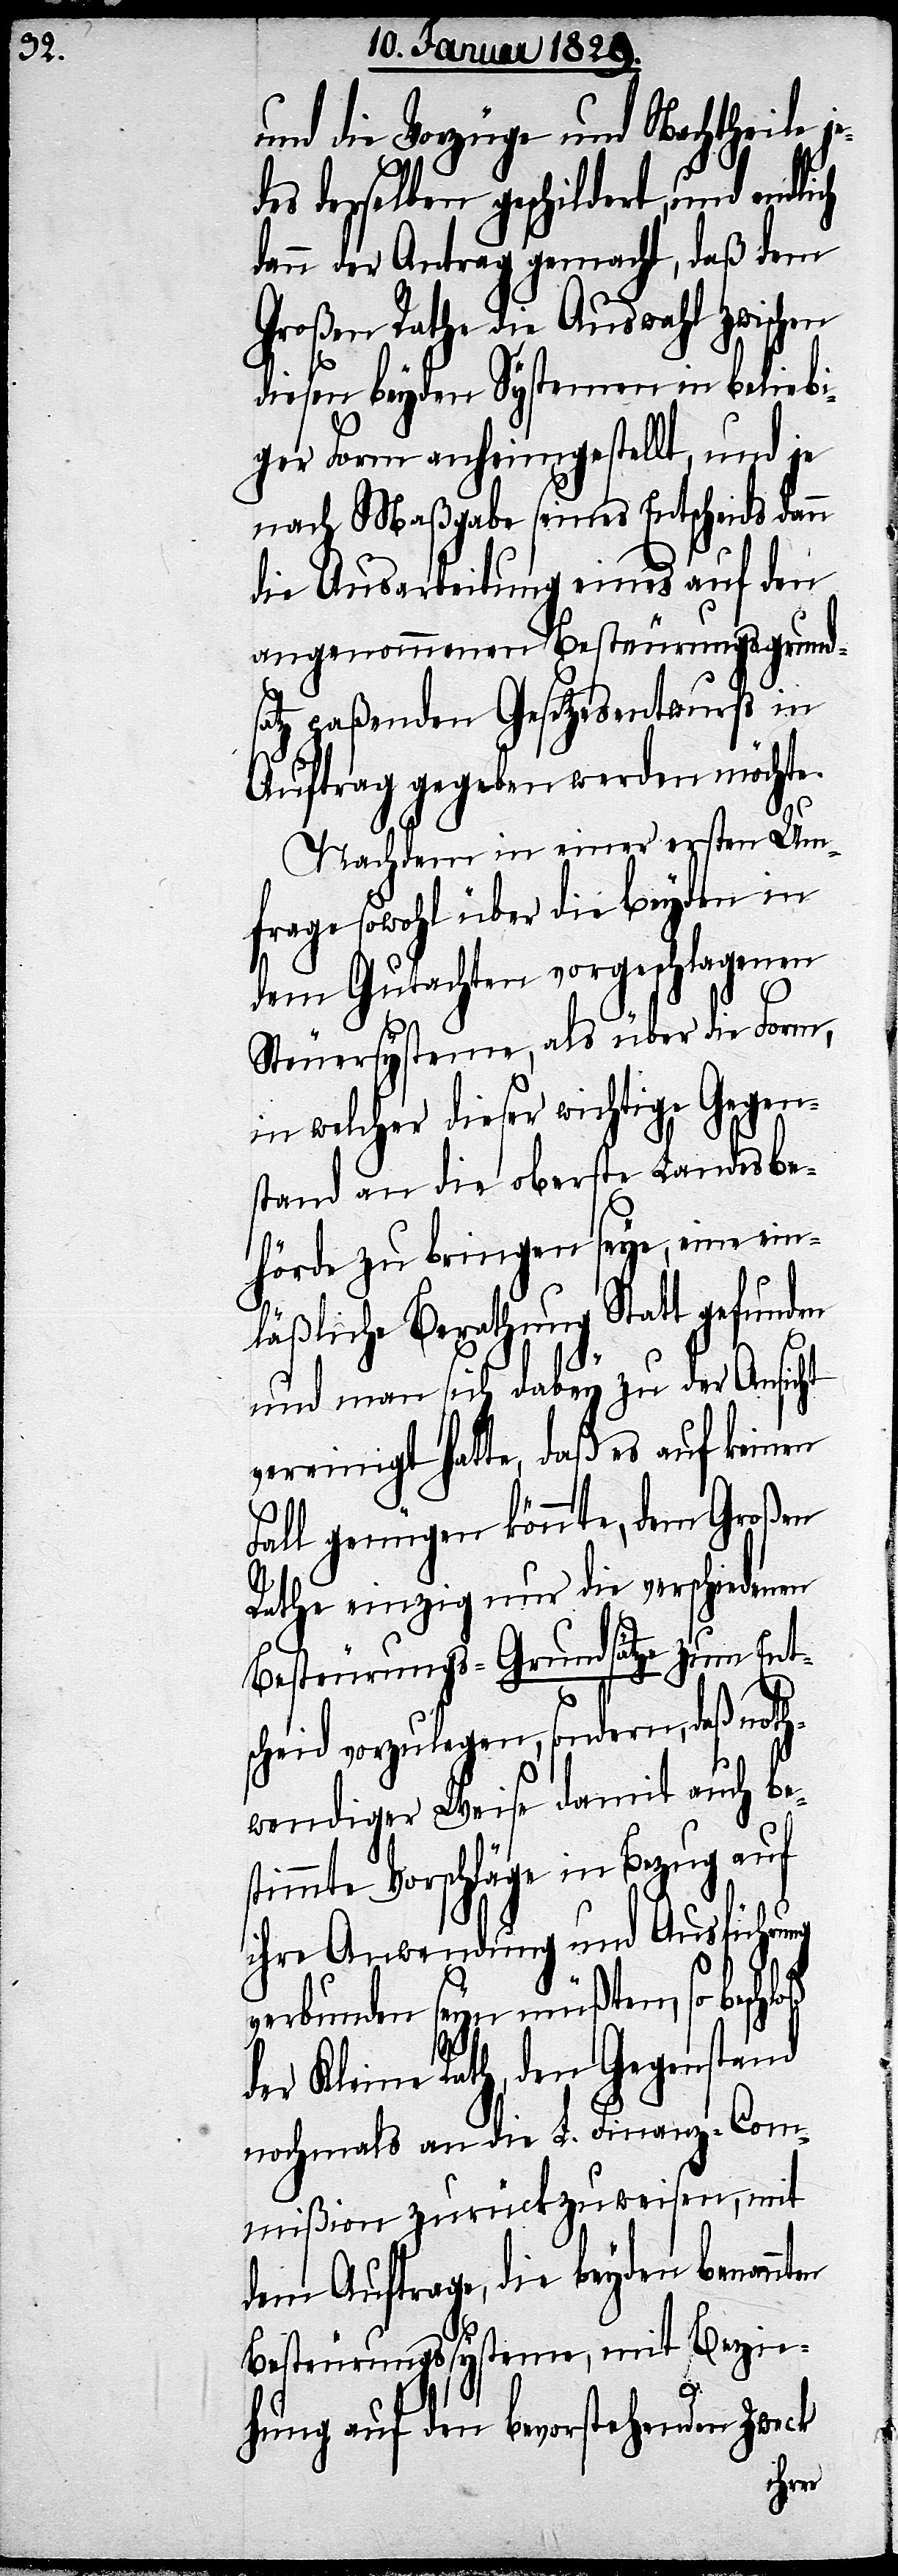
und die Vorzüge und Nachtheile j¬
des derselben geschildert, und endlich
dann der Antrag gemacht, daß dem
Großen Rathe die Auswahl zwi¬
diesen beyden Systemen in beliebi¬
ger Form anheimgestellt, und je
nach Maßgabe seines Entscheids dann
die Ausarbeitung eines auf den
angenommenen Besteurungsgrund¬
satz paßenden Gesetzesentwurf in
Auftrag gegeben werden möchte.
Nachdem in einer ersten Um¬
frage sowohl über die beyden in
dem Gutachten vorgeschlagenen
Steuersysteme, als über die Form,
in welcher dieser wichtige Gegen¬
stand an die oberste Landesbe¬
hörde zu bringen seye, eine ein¬
läßliche Berathung Statt gefunden
und man sich dabey zu der Ansicht
vereinigt hatte, daß es auf keinen
Fall genügen könnte, dem Großen
Rath einzig nur die verschiedenen
Besteurungs-Grundsätze zum Ent¬
scheid vorzulegen, sondern, daß noth¬
wendiger Weise damit auch bes¬
timmte Vorschläge in Bezug auf
ihre Anwendung und Ausführung
verbunden seyn müßten, so bes¬
der Kleine Rath, den Gegenstand
nochmals an die L. Finanz-Com¬
mißion zurückzuweisen, mit
dem Auftrage, die beyden benann¬
Besteurungssysteme, mit Bezie¬
ten
hung auf den bevorstehenden Zweck
chloß